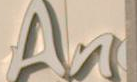
An